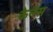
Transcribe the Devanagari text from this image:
केनेस